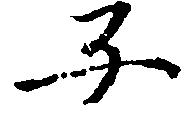
子